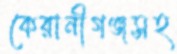
কেরানীগঞ্জসহ